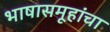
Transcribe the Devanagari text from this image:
भाषासमूहांचा